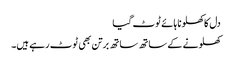
دل کا کھلونا ہائے ٹوٹ گیا
کھلونے کے ساتھ ساتھ برتن بھی ٹوٹ رہے ہیں۔